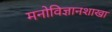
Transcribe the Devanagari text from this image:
मनोविज्ञानशाखा